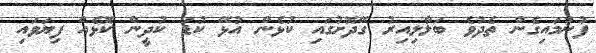
ފުންމައިގެން ތެދުވެ ބަލާލިއިރު ގޭދޮށުގައި ކުޅެން އުޅޭ ކުޑަ ކުދީން ކޮޅެއް ފިޔަވައި